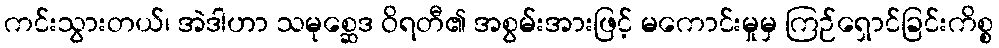
ကင်းသွားတယ်၊ အဲဒါဟာ သမုစ္ဆေဒ ဝိရတီ၏ အစွမ်းအားဖြင့် မကောင်းမှုမှ ကြဉ်ရှောင်ခြင်းကိစ္စ